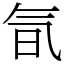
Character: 氜